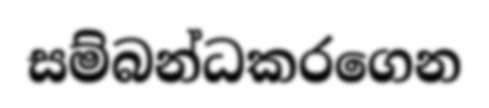
සම්බන්ධකරගෙන